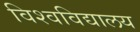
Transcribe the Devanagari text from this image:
विश्‍वविद्यालय